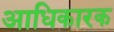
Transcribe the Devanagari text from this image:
अाधिकारक